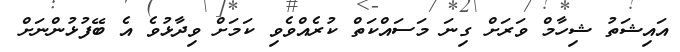
އައިޝަތު ޝިހާމް ވަރަށް ގިނަ މަސައްކަތް ކުރެއްވެވި ކަމަށް ވިދާޅުވެ އެ ބޭފުޅުންނަށް